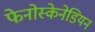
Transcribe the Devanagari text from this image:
फेनोस्केनेडियन